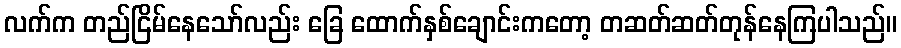
လက်က တည်ငြိမ်နေသော်လည်း ခြေ ထောက်နှစ်ချောင်းကတော့ တဆတ်ဆတ်တုန်နေကြပါသည်။